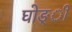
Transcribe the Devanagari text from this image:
घोङ्ी